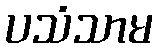
ပသံသာမ